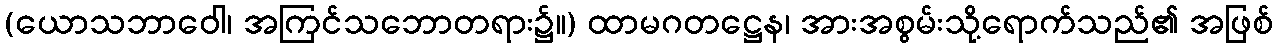
(ယောသဘာဝေါ၊ အကြင်သဘောတရား၌။) ထာမဂတဋ္ဌေန၊ အားအစွမ်းသို့ရောက်သည်၏ အဖြစ်